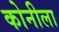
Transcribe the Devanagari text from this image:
कोनीला